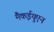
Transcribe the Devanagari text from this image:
मैकईयुएन